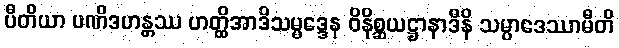
ပီတိယာ ပဏိဒဟန္တဿ ဟတ္ထိအာဒိသမ္မဒ္ဒေန ဝိနိစ္ဆယဋ္ဌာနာဒီနိ သမ္ပာဒေဿာမီတိ